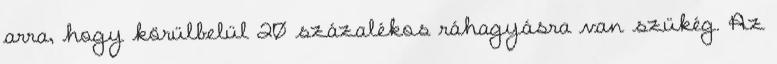
arra, hogy körülbelül 20 százalékos ráhagyásra van szükég. Az